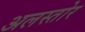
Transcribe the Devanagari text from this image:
अलस्तोर